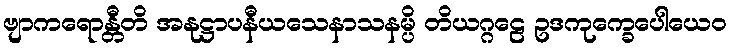
ဗျာကရောန္တီတိ အနုဋ္ဌာပနီယသေနာသနမ္ပိ တိယဂ္ဂဠေ ဥဒကုက္ခေပေါယေဝ